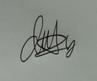
Signature authenticity: genuine